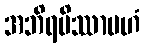
အဘိရမိဿာမဟံ